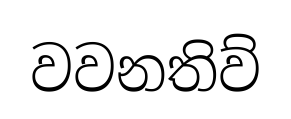
වවනතිව්